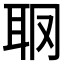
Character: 𦕋